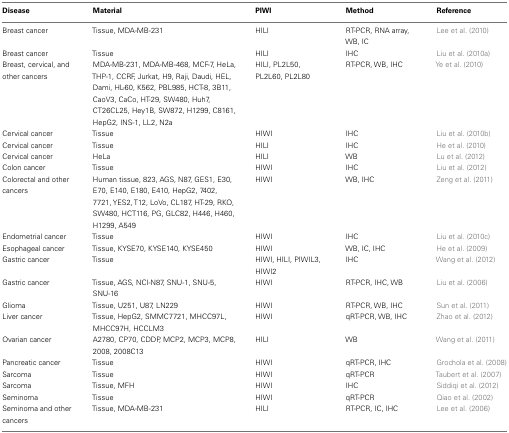
<table><thead><tr><td><b>Disease</b></td><td><b>Material</b></td><td><b>PIWI</b></td><td><b>Method</b></td><td><b>Reference</b></td></tr></thead><tbody><tr><td>Breast cancer</td><td>Tissue, MDA-MB-231</td><td>HILI</td><td>RT-PCR, RNA array, WB, IC</td><td>Lee et al. (2010)</td></tr><tr><td>Breast cancer</td><td>Tissue</td><td>HILI</td><td>IHC</td><td>Liu et al. (2010a)</td></tr><tr><td>Breast, cervical, and other cancers</td><td>MDA-MB-231, MDA-MB-468, MCF-7, HeLa, THP-1, CCRF, Jurkat, H9, Raji, Daudi, HEL, Dami, HL-60, K562, PBL985, HCT-8, 3B11, CaoV3, CaCo, HT-29, SW480, Huh7, CT26CL25, Hey1B, SW872, H1299, C8161, HepG2, INS-1, LL2, N2a</td><td>HILI, PL2L50, PL2L60, PL2L80</td><td>RT-PCR, WB, IHC</td><td>Ye et al. (2010)</td></tr><tr><td>Cervical cancer</td><td>Tissue</td><td>HIWI</td><td>IHC</td><td>Liu et al. (2010b)</td></tr><tr><td>Cervical cancer</td><td>Tissue</td><td>HILI</td><td>IHC</td><td>He et al. (2010)</td></tr><tr><td>Cervical cancer</td><td>HeLa</td><td>HILI</td><td>WB</td><td>Lu et al. (2012)</td></tr><tr><td>Colon cancer</td><td>Tissue</td><td>HIWI</td><td>IHC</td><td>Liu et al. (2012)</td></tr><tr><td>Colorectal and other cancers</td><td>Human tissue, 823, AGS, N87, GES1, E30, E70, E140, E180, E410, HepG2, 7402, 7721, YES2, T12, LoVo, CL187, HT-29, RKO, SW480, HCT116, PG, GLC82, H446, H460, H1299, A549</td><td>HIWI</td><td>WB, IHC</td><td>Zeng et al. (2011)</td></tr><tr><td>Endometrial cancer</td><td>Tissue</td><td>HIWI</td><td>IHC</td><td>Liu et al. (2010c)</td></tr><tr><td>Esophageal cancer</td><td>Tissue, KYSE70, KYSE140, KYSE450</td><td>HIWI</td><td>WB, IC, IHC</td><td>He et al. (2009)</td></tr><tr><td>Gastric cancer</td><td>Tissue</td><td>HIWI, HILI, PIWIL3, HIWI2</td><td>IHC</td><td>Wang et al. (2012)</td></tr><tr><td>Gastric cancer</td><td>Tissue, AGS, NCI-N87, SNU-1, SNU-5, SNU-16</td><td>HIWI</td><td>RT-PCR, IHC, WB</td><td>Liu et al. (2006)</td></tr><tr><td>Glioma</td><td>Tissue, U251, U87, LN229</td><td>HIWI</td><td>RT-PCR, WB, IHC</td><td>Sun et al. (2011)</td></tr><tr><td>Liver cancer</td><td>Tissue, HepG2, SMMC7721, MHCC97L, MHCC97H, HCCLM3</td><td>HIWI</td><td>qRT-PCR, WB, IHC</td><td>Zhao et al. (2012)</td></tr><tr><td>Ovarian cancer</td><td>A2780, CP70, CDDP, MCP2, MCP3, MCP8, 2008, 2008C13</td><td>HILI</td><td>WB</td><td>Wang et al. (2011)</td></tr><tr><td>Pancreatic cancer</td><td>Tissue</td><td>HIWI</td><td>qRT-PCR, IHC</td><td>Grochola et al. (2008)</td></tr><tr><td>Sarcoma</td><td>Tissue</td><td>HIWI</td><td>qRT-PCR</td><td>Taubert et al. (2007)</td></tr><tr><td>Sarcoma</td><td>Tissue, MFH</td><td>HIWI</td><td>IHC</td><td>Siddiqi et al. (2012)</td></tr><tr><td>Seminoma</td><td>Tissue</td><td>HIWI</td><td>qRT-PCR</td><td>Qiao et al. (2002)</td></tr><tr><td>Seminoma and other cancers</td><td>Tissue, MDA-MB-231</td><td>HILI</td><td>RT-PCR, IC, IHC</td><td>Lee et al. (2006)</td></tr></tbody></table>